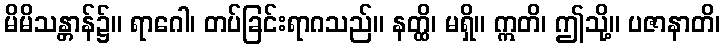
မိမိသန္တာန်၌။ ရာဂေါ၊ တပ်ခြင်းရာဂသည်။ နတ္ထိ၊ မရှိ။ ဣတိ၊ ဤသို့။ ပဇာနာတိ၊